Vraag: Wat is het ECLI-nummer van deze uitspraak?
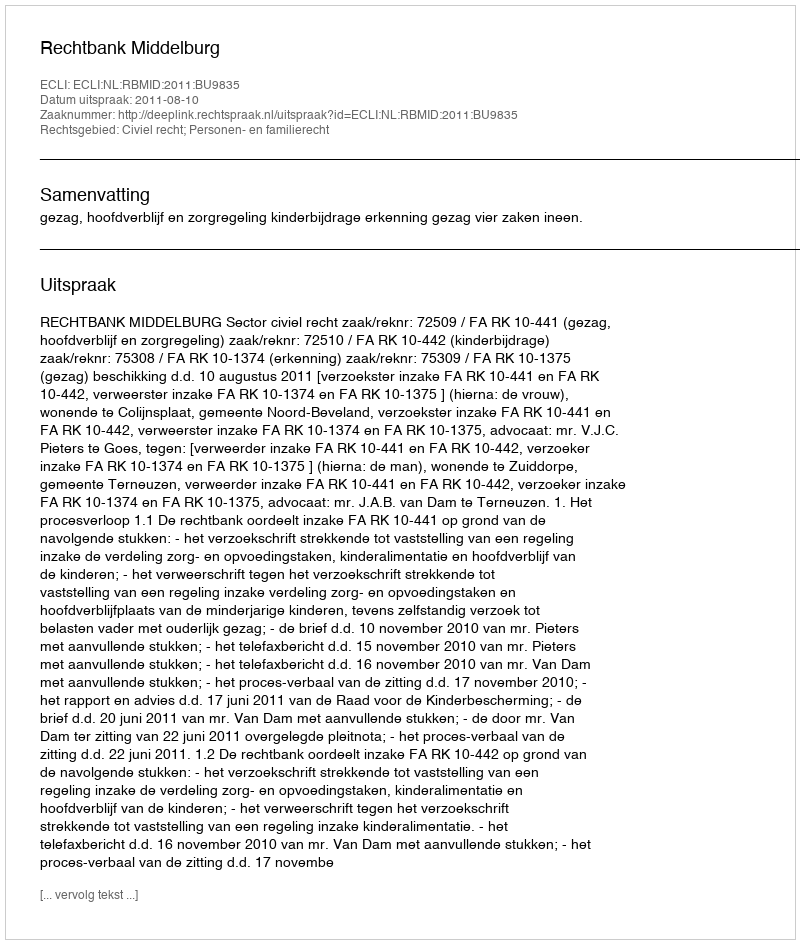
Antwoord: ECLI:NL:RBMID:2011:BU9835